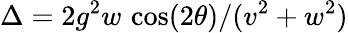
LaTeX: \Delta=2g^{2}w\, \cos(2\theta)/(v^{2}+w^{2})